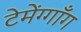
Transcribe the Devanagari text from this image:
टेमेंग्गाँग